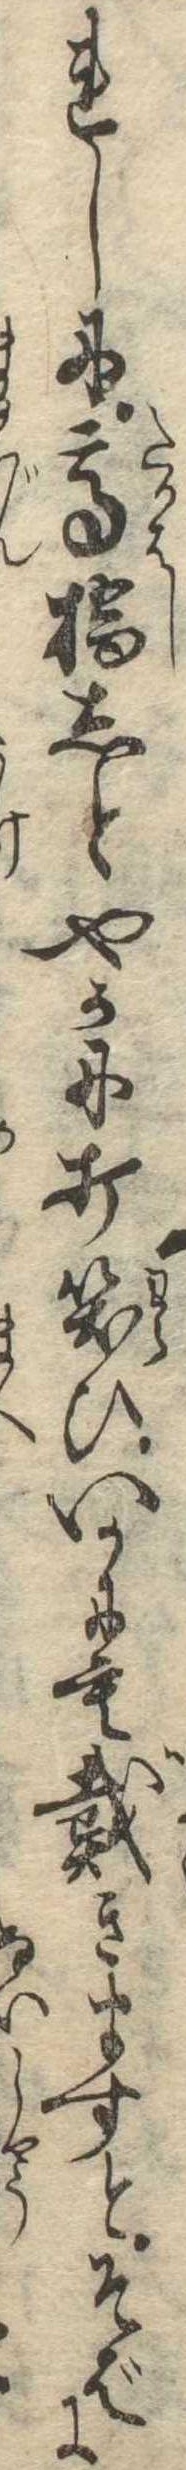
れしに高橋しとやかに打笑ひいかにも戴きますとそばに